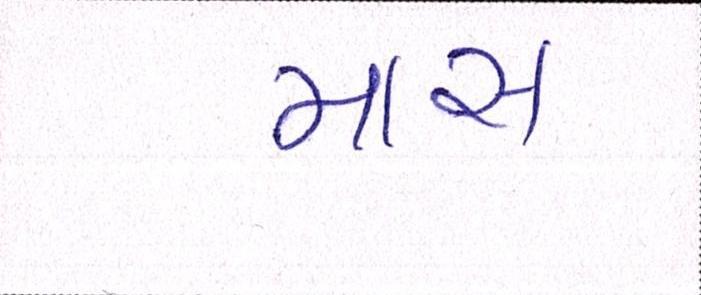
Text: માસ